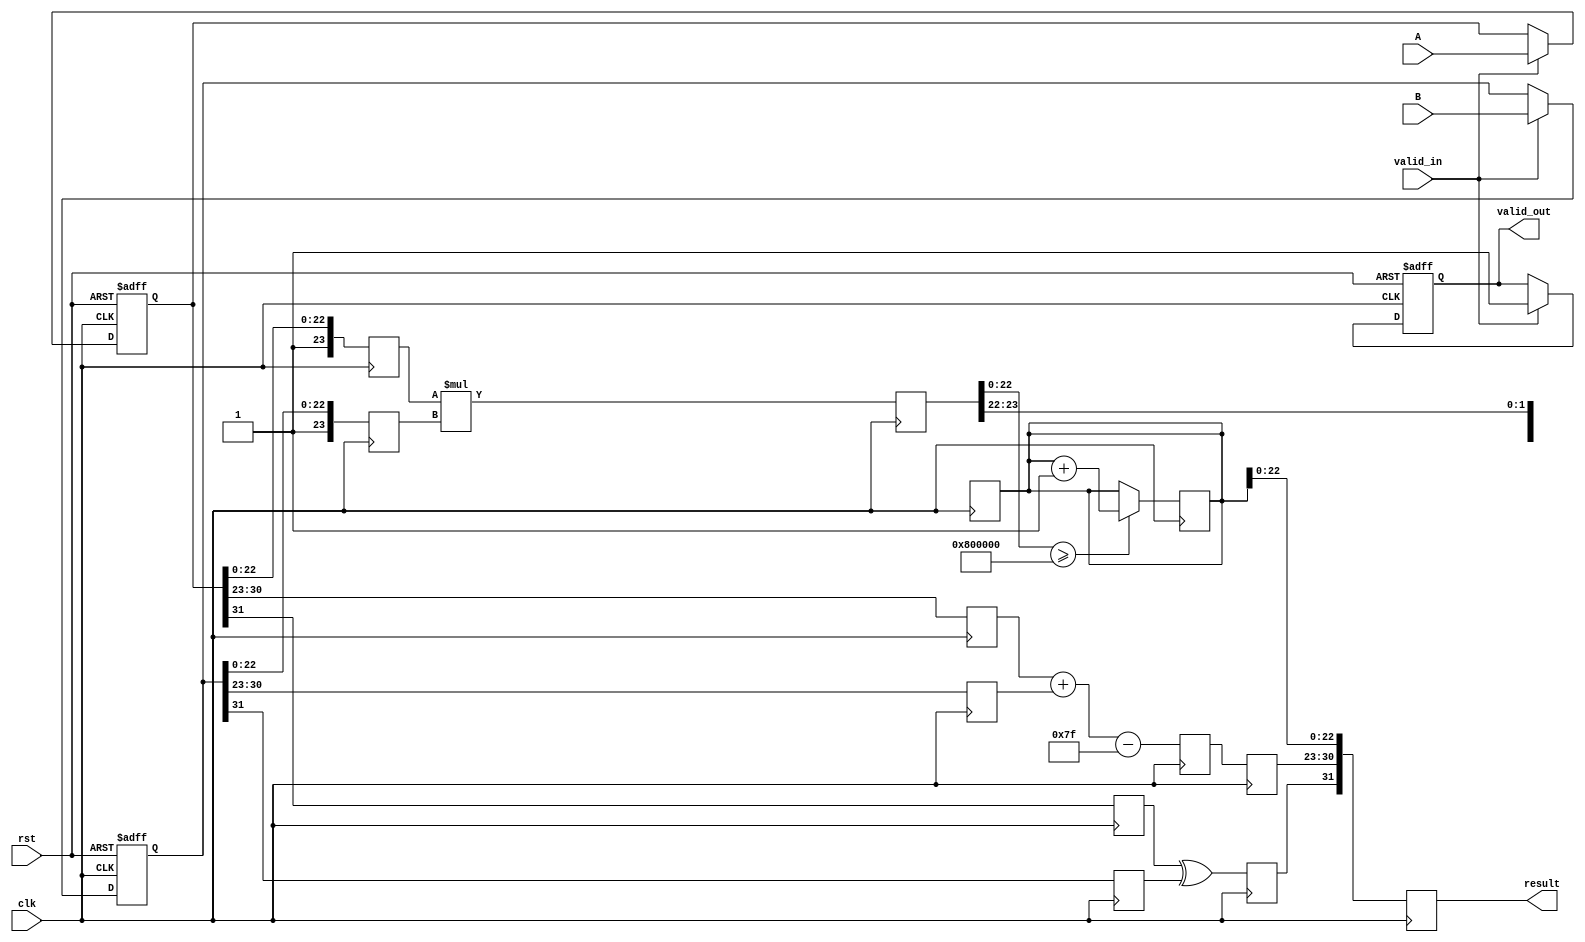
module fp_multiplier (
    input clk,
    input rst,
    input valid_in,
    input [31:0] A, // 32-bit floating-point input A
    input [31:0] B, // 32-bit floating-point input B
    output reg valid_out,
    output reg [31:0] result // 32-bit floating-point result
);

    // Pipeline registers
    reg [31:0] A_reg, B_reg;
    reg [23:0] mantissa_A, mantissa_B, mantissa_product;
    reg [7:0] exponent_A, exponent_B, exponent_result;
    reg sign_A, sign_B, sign_result;
    reg [4:0] shift_amount; // For normalization
    reg [23:0] normalized_mantissa;
    reg [7:0] adjusted_exponent;

    // Stage 1: Input Stage
    always @(posedge clk or posedge rst) begin
        if (rst) begin
            A_reg <= 32'b0;
            B_reg <= 32'b0;
            valid_out <= 1'b0;
        end else if (valid_in) begin
            A_reg <= A;
            B_reg <= B;
            valid_out <= 1'b1;
        end
    end

    // Stage 2: Normalization Stage
    always @(posedge clk) begin
        // Extract sign, exponent, and mantissa
        sign_A <= A_reg[31];
        exponent_A <= A_reg[30:23];
        mantissa_A <= {1'b1, A_reg[22:0]}; // Implicit leading 1 for normalized numbers

        sign_B <= B_reg[31];
        exponent_B <= B_reg[30:23];
        mantissa_B <= {1'b1, B_reg[22:0]}; // Implicit leading 1 for normalized numbers

        // Normalize mantissas (this is a simplified example)
        // In a real implementation, you would check for denormalized numbers and adjust accordingly
    end

    // Stage 3: Multiplication Stage
    always @(posedge clk) begin
        mantissa_product <= mantissa_A * mantissa_B; // Multiply mantissas
    end

    // Stage 4: Exponent Calculation Stage
    always @(posedge clk) begin
        adjusted_exponent <= (exponent_A + exponent_B - 8'd127); // Adjust for bias
        sign_result <= sign_A ^ sign_B; // XOR for sign
    end

    // Stage 5: Normalization of Result
    always @(posedge clk) begin
        // Normalize the product mantissa
        if (mantissa_product[47]) begin // Check for overflow
            normalized_mantissa <= mantissa_product[46:23]; // Shift right
            exponent_result <= adjusted_exponent + 1; // Increment exponent
        end else begin
            normalized_mantissa <= mantissa_product[45:22]; // No shift
            exponent_result <= adjusted_exponent; // No change
        end
    end

    // Stage 6: Rounding Stage
    always @(posedge clk) begin
        // Simple rounding logic (round to nearest)
        // This is a placeholder; actual rounding logic would be more complex
        if (mantissa_product[22:0] >= 24'h800000) begin
            normalized_mantissa <= normalized_mantissa + 1; // Round up
        end
    end

    // Stage 7: Output Stage
    always @(posedge clk) begin
        result <= {sign_result, exponent_result[7:0], normalized_mantissa[22:0]};
    end

endmodule